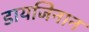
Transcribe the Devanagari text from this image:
डायजिनान